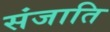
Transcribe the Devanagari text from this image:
संजाति